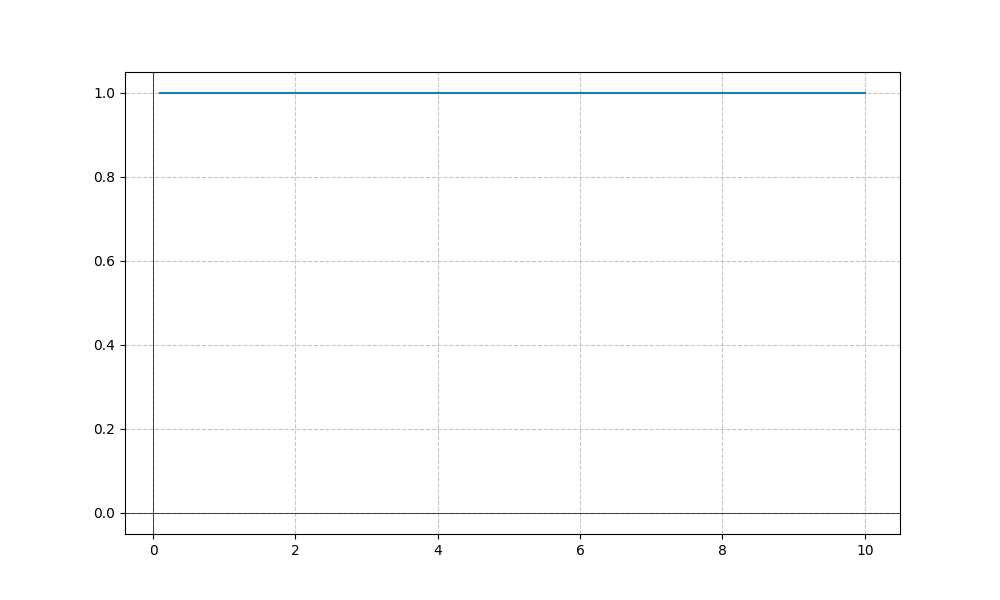
LaTeX formula: \tan{\left(x \right)} \cot{\left(x \right)}